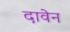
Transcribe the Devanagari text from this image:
दावेन